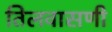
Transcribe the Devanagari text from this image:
तिलवासणी